V__Kingissepa_nim__kolhoos, lk 23
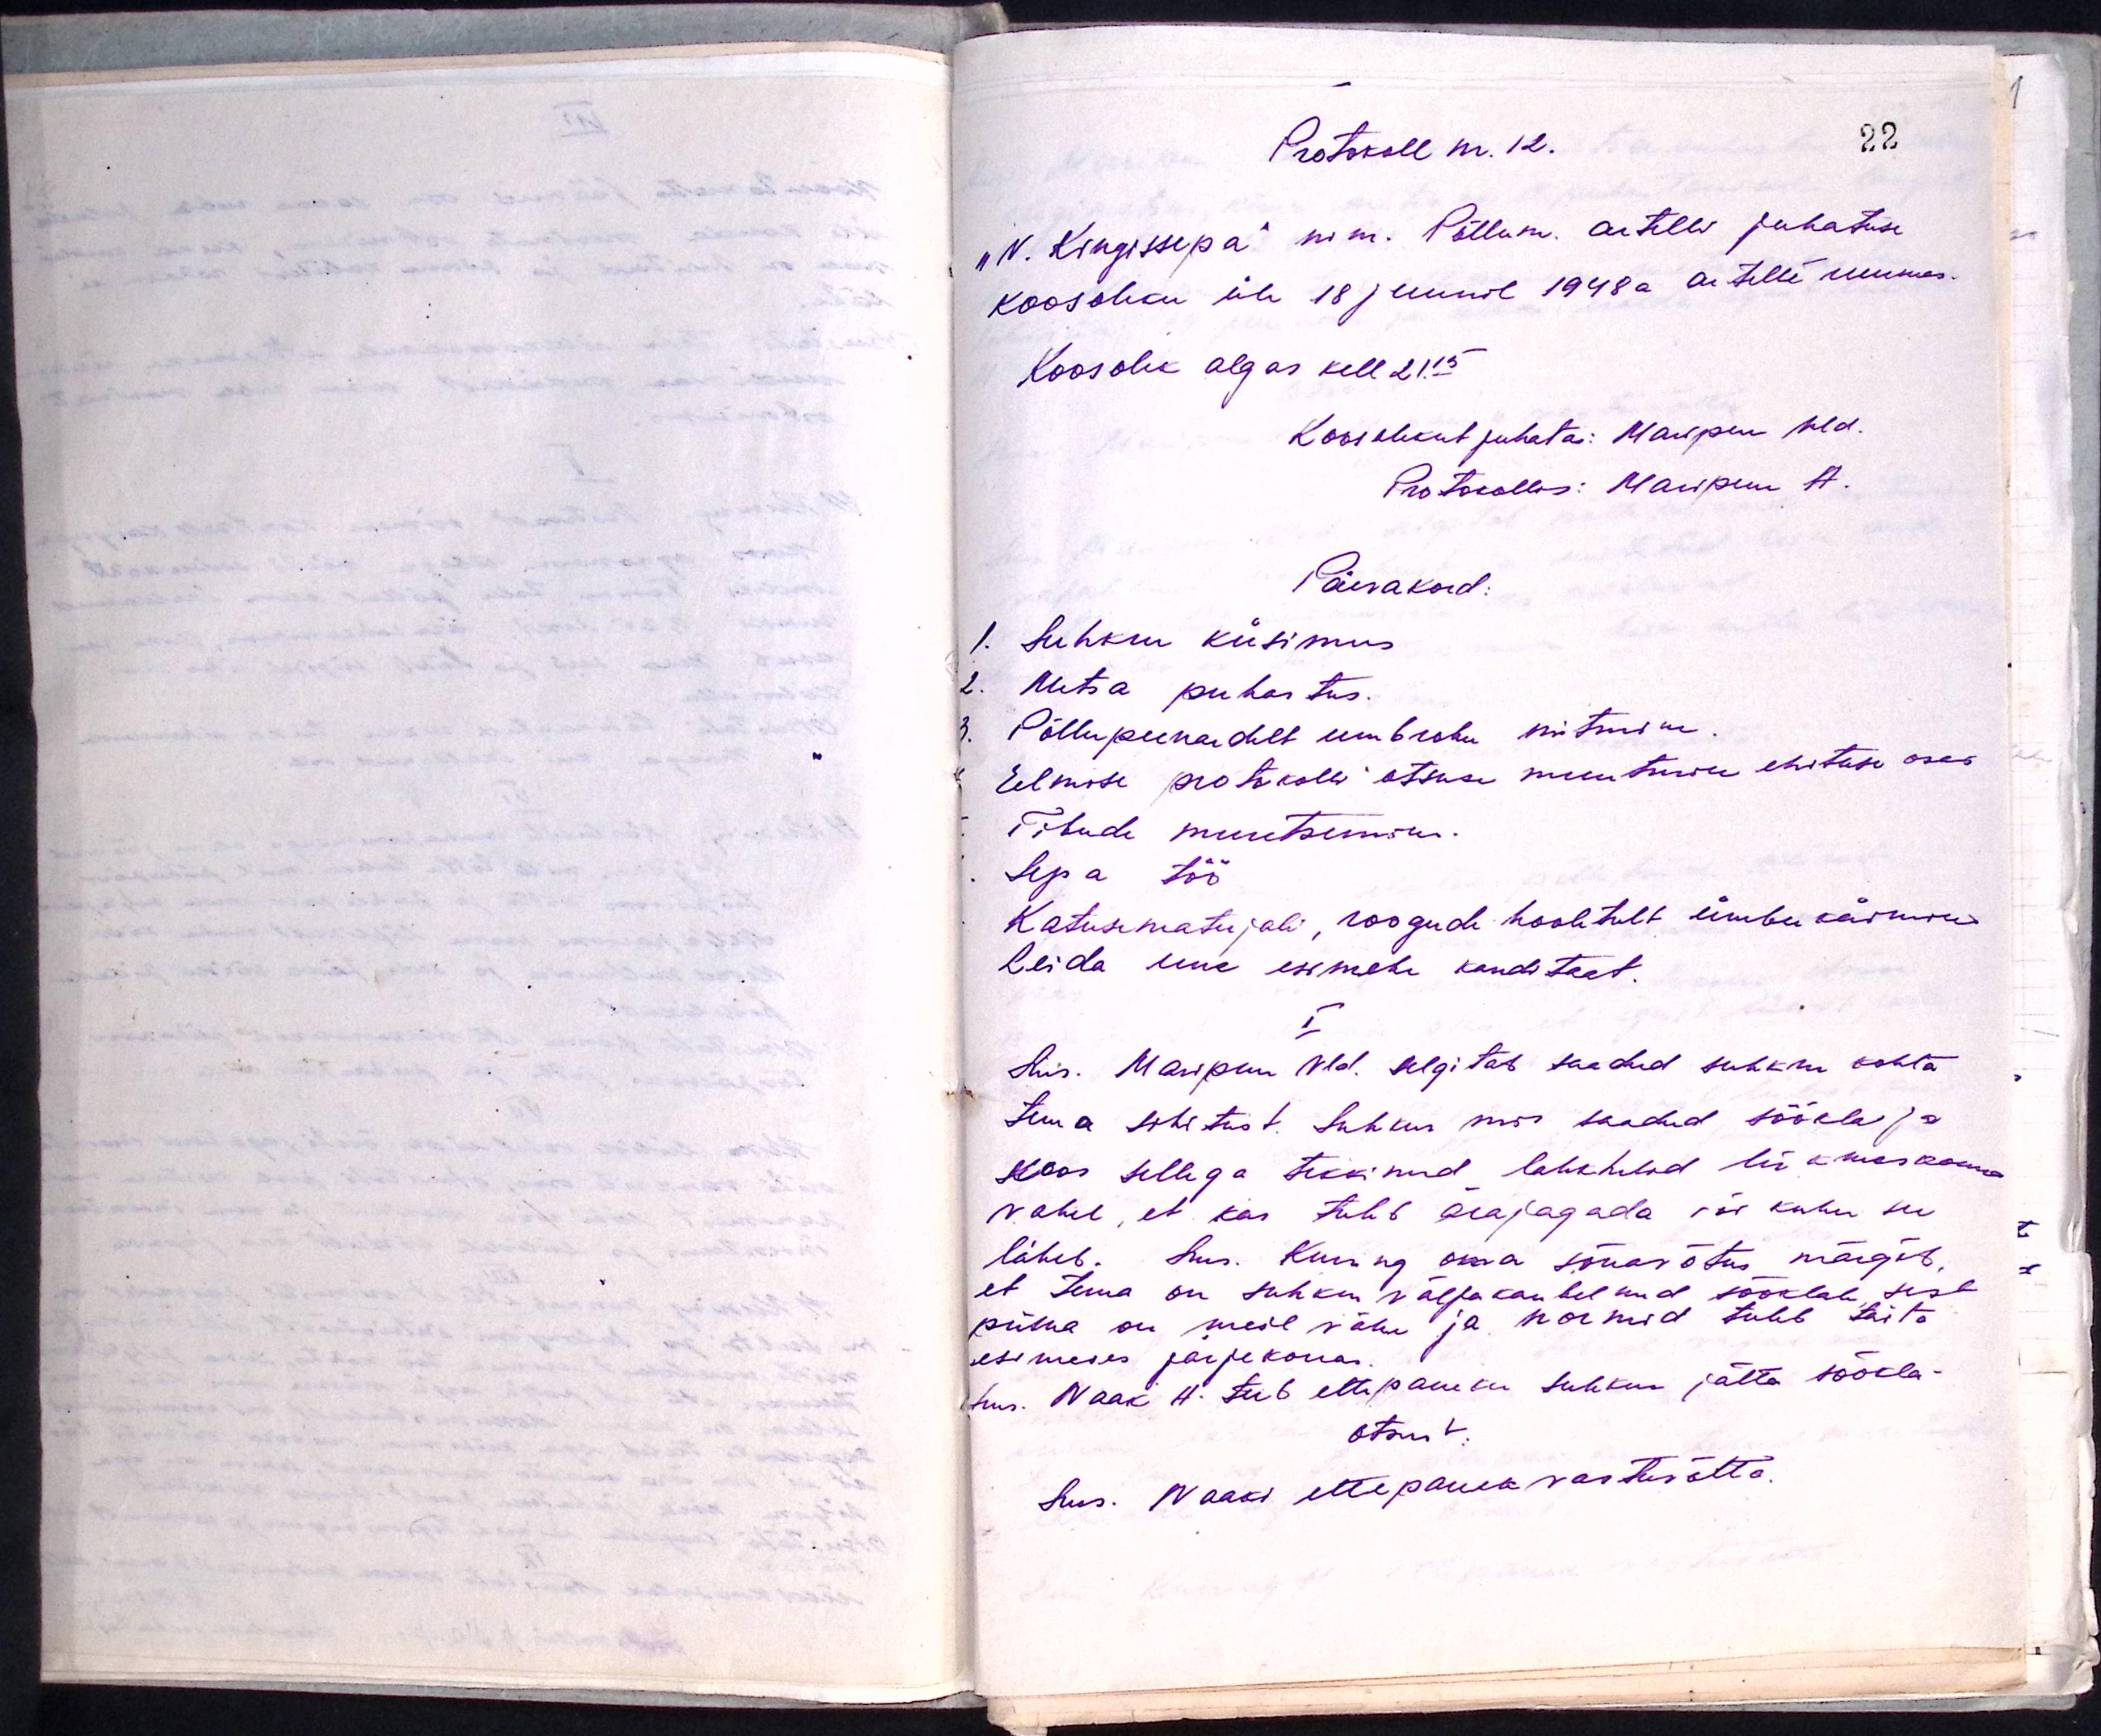
Protokoll nr. 12.
"V. Kingissepa" nim. Põllum. artelli juhatuse
koosoleku üle 18 juunil 1948a. artelli ruumes.
Koosolek algas kell 21.15
Koosolekut juhatas: Maripuu Vld.
Protokollis: Maripuu A.
Päevakord:
1. Suhkru küsimus
2. Metsa puhastus.
Põllu peenardelt ümbrohu niitmine
Eelmise protokolli otsuse muutmine ehituse osas
Tibude muretsemine
Sepa töö
Katusematerjali, roogude hooletult ümber käimine
Leida uue esimehe kanditaat.
I
Sms. Maripuu Vld. selgitab saadud suhkru kohta
tema seletust. Suhkur mis saadud söökla ja
koos sellega tekkinud lahkhelid liikmeskonna
vahel, et kas tuleb ärajagada või kuhu see
läheb. Sms. Kuning oma sõnavõtus märgib
et tema on suhkru väljakaubelnud sööklale sest
piima on meil vähe ja normid tuleb täita
esimeses järjekorras.
Sms. Naak H. teeb ettepaneku suhkur jätta söökla-
Otsust
Sms. Naaki ettepanek vastuvõtta.